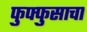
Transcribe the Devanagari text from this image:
फुफ्‍फुसाचा